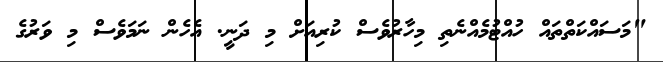
"މަސައްކަތްތައް ހުއްޓުމެއްނެތި މިހާރުވެސް ކުރިއަށް މި ދަނީ. އެހެން ނަމަވެސް މި ވަރުގެ